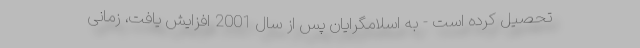
تحصیل کرده است - به اسلامگرایان پس از سال 2001 افزایش یافت، زمانی